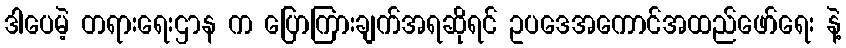
ဒါပေမဲ့ တရားရေးဌာန က ပြောကြားချက်အရဆိုရင် ဥပဒေအကောင်အထည်ဖော်ရေး နဲ့